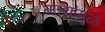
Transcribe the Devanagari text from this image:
गाण्यांमुळे